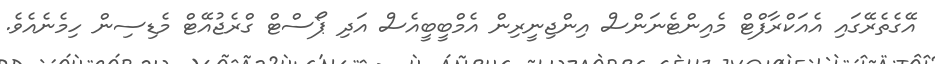
އޭގެތެރޭގައި އެއަކްރާފްޓް މެއިންޓެނަންސް އިންޖިނީރިން އެމްބީބީއެސް އަދި ޕޯސްޓް ގްރެޖުއޭޓް މެޑިސިން ހިމެނެއެވެ.